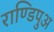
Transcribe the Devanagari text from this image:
राण्डिपुअ